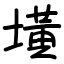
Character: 墴